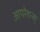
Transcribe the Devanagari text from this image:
आपरेशन्स्